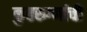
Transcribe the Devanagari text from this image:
कुष्ठरुग्णांची